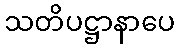
သတိပဋ္ဌာနာပေ